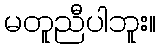
မတူညီပါဘူး။